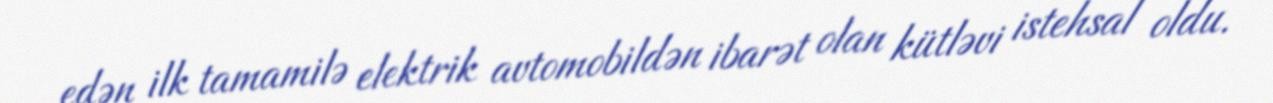
edən ilk tamamilə elektrik avtomobildən ibarət olan kütləvi istehsal oldu.